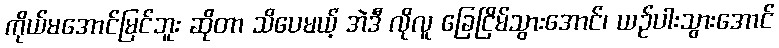
ကိုယ်မအောင်မြင်ဘူး ဆိုတာ သိပေမယ့် အဲဒီ လိုလူ ခြေငြိမ်သွားအောင်၊ ယဉ်ပါးသွားအောင်